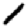
Digit: 1